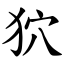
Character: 狖